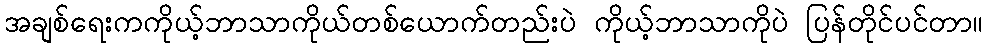
အချစ်ရေးကကိုယ့်ဘာသာကိုယ်တစ်ယောက်တည်းပဲ ကိုယ့်ဘာသာကိုပဲ ပြန်တိုင်ပင်တာ။